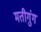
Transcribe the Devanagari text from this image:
मतीगुंग